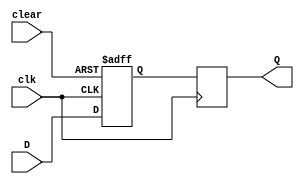
module dff_async_clear (
    input D,
    input clk,
    input clear,
    output reg Q
);

reg D_ff1, Q_ff1, Q_ff2;

always @(posedge clk or posedge clear)
begin
    if (clear)
        D_ff1 <= 0;
    else
        D_ff1 <= D;
end

assign Q_ff1 = D_ff1;
assign Q_ff2 = Q_ff1;

always @(posedge clk)
begin
    Q <= Q_ff2;
end

endmodule